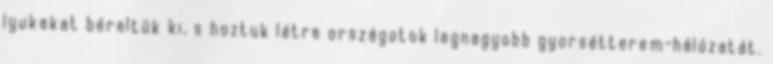
lyukakat béreltük ki, s hoztuk létre országotok legnagyobb gyorsétterem-hálózatát.